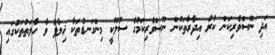
އަދި ނޫސްވެރިކަން ކުރާ އިދާރާތަކުން ނޫސްވެރިކަމުގެ ސުލޫކީ މިންގަނޑުތަކާ ޚިލާފު ވާ ހާލަތުތަކުގައި